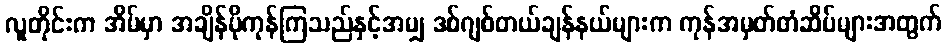
လူတိုင်းက အိမ်မှာ အချိန်ပိုကုန်ကြသည်နှင့်အမျှ ဒစ်ဂျစ်တယ်ချန်နယ်များက ကုန်အမှတ်တံဆိပ်များအတွက်